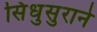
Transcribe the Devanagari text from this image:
सिंधुसुराने